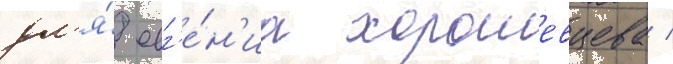
дл'я́ евг'е́н'иа хорошевцева /